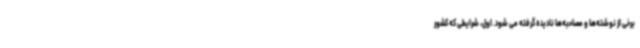
برخی از نوشته‌ها و مصاحبه‌ها نادیده گرفته می شود. اول، شرایطی که کشور